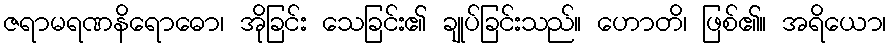
ဇရာမရဏနိရောဓော၊ အိုခြင်း သေခြင်း၏ ချုပ်ခြင်းသည်။ ဟောတိ၊ ဖြစ်၏။ အရိယော၊